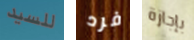
للسيد فرد بإجازة